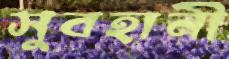
সুবহানী